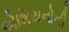
એશિયનોની